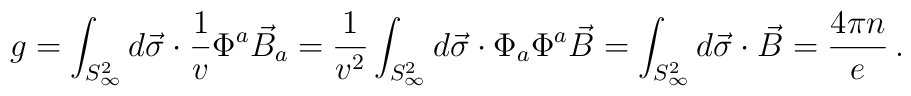
g = \int_{S^{2}_{\infty}} d\vec{\sigma} \cdot \frac{1}{v} \Phi^{a} 	\vec{B}_{a} = \frac{1}{v^{2}} \int_{S^{2}_{\infty}} d\vec{\sigma} 	\cdot \Phi_{a}\Phi^{a} \vec{B} = \int_{S^{2}_{\infty}} 	d\vec{\sigma}\cdot \vec{B} = \frac{4\pi n}{e} \, .